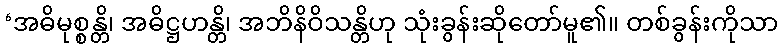
‘အဓိမုစ္စန္တိ၊ အဓိဋ္ဌဟန္တိ၊ အဘိနိဝိသန္တိဟု သုံးခွန်းဆိုတော်မူ၏။ တစ်ခွန်းကိုသာ